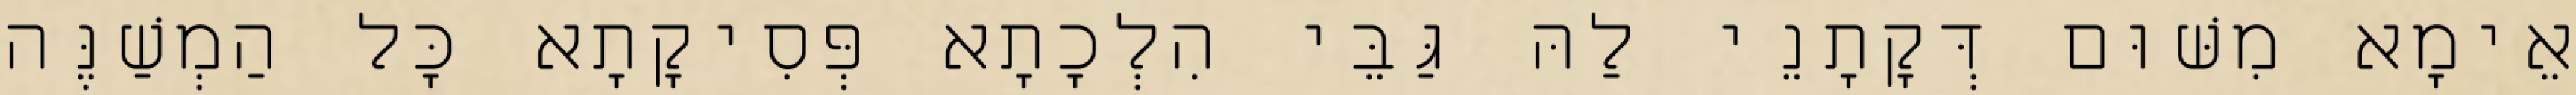
אֵימָא מִשּׁוּם דְּקָתָנֵי לַהּ גַּבֵּי הִלְכָתָא פְּסִיקָתָא כׇּל הַמְשַׁנֶּה